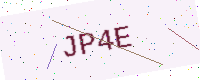
Text: JP4E